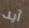
آيد